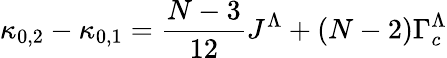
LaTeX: \kappa_{0,2}-\kappa_{0,1}=\frac{N-3}{12}J^{\Lambda}+(N-2)\Gamma_{c}^{\Lambda}